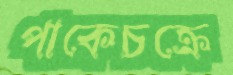
পাকেচক্রে